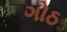
ગોઠ